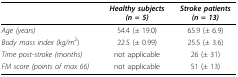
<table><thead><tr><td></td><td><b><i>Healthy subjects (n = 5)</i></b></td><td><b><i>Stroke patients (n = 13)</i></b></td></tr></thead><tbody><tr><td><i>Age (years)</i></td><td>54.4 (± 19.0)</td><td>65.9 (± 6.9)</td></tr><tr><td><i>Body mass index (kg/m</i><sup>2</sup>)</td><td>22.5 (± 0.99)</td><td>25.5 (± 3.6)</td></tr><tr><td><i>Time post-stroke (months)</i></td><td>not applicable</td><td>26 (± 31)</td></tr><tr><td><i>FM score (points of max 66)</i></td><td>not applicable</td><td>51 (± 13)</td></tr></tbody></table>